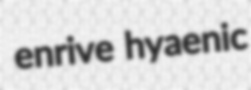
enrive hyaenic